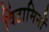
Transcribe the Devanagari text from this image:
विंटामिनों